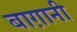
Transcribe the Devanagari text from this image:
बाग़ानी